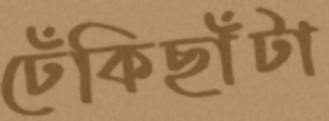
ঢেঁকিছাঁটা